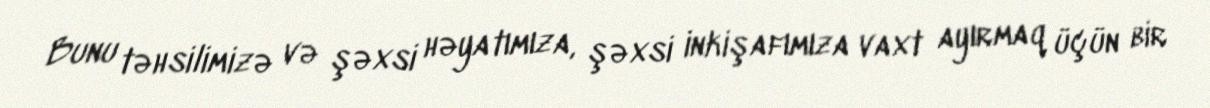
Bunu təhsilimizə və şəxsi həyatımıza, şəxsi inkişafımıza vaxt ayırmaq üçün bir